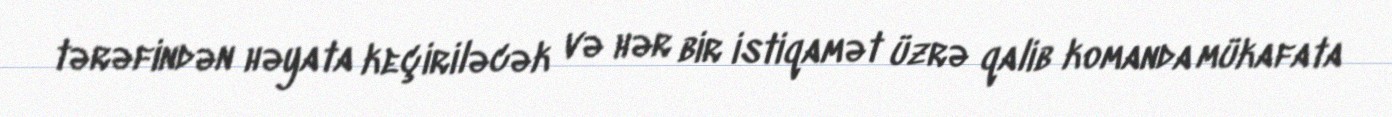
tərəfindən həyata keçiriləcək və hər bir istiqamət üzrə qalib komanda mükafata